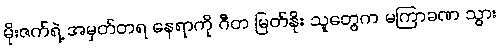
မိုးဇက်ရဲ့ အမှတ်တရ နေရာကို ဂီတ မြတ်နိုး သူတွေက မကြာခဏ သွား